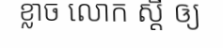
ខ្លាច លោក ស្តី ឲ្យ